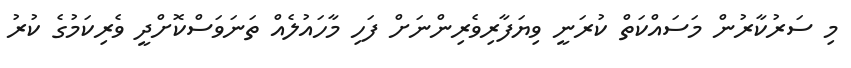
މި ސަރުކާރުން މަސައްކަތް ކުރަނީ ވިޔަފާރިވެރިންނަށް ފަހި މާހައުލެއް ތަނަވަސްކޮށްދީ ވެރިކަމުގެ ކުރު